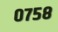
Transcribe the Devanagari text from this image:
०७५८